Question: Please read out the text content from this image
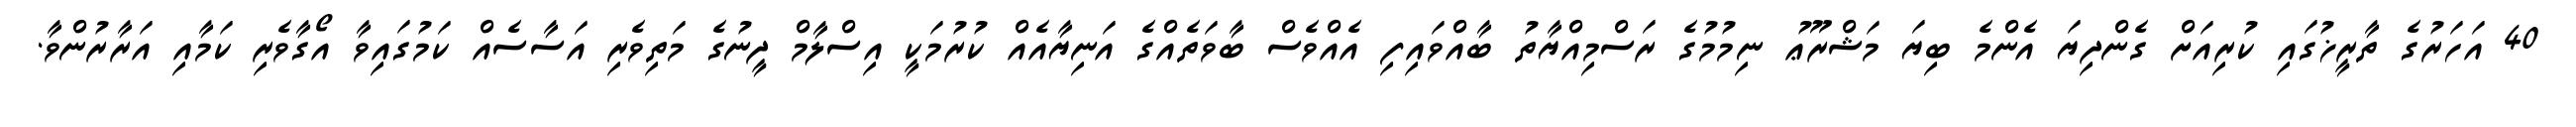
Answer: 40 އަހަރުގެ ތާރީޚުގައި ކުރިއަށް ގެންދިޔަ އެންމެ ބިޔަ މަޝްރޫޢު ނިމުމުގެ ރަސްމިއްޔާތު ބާއްވައިފި އެއްވެސް ބާވަތެއްގެ އަނިޔާއެއް ކުރުމަކީ އިސްލާމް ދީނުގެ މަތިވެރި އަސާސެއް ކަމުގައިވާ އޯގާވެރި ކަމާއި އަރާރުންވާ.